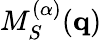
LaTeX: M_{S}^{(\alpha)}(\mathbf{q})